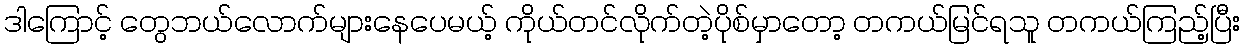
ဒါကြောင့် တွေဘယ်လောက်များနေပေမယ့် ကိုယ်တင်လိုက်တဲ့ပိုစ်မှာတော့ တကယ်မြင်ရသူ တကယ်ကြည့်ပြီး